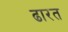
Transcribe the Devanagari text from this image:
ढारत